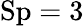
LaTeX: \mathrm{Sp}=3